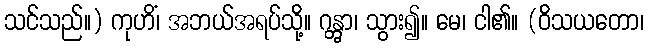
သင်သည်။) ကုဟိံ၊ အဘယ်အရပ်သို့။ ဂန္တွာ၊ သွား၍။ မေ၊ ငါ၏။ (ဝိသယတော၊